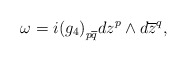
\begin{align*} \omega = i {(g_4)}_{p\overline{q}} dz^p \wedge d\overline{z}^q,\end{align*}